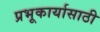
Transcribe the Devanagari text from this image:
प्रभूकार्यासाठी